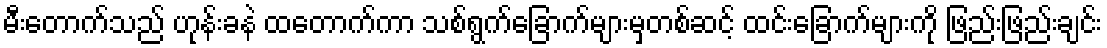
မီးတောက်သည် ဟုန်းခနဲ ထတောက်ကာ သစ်ရွက်ခြောက်များမှတစ်ဆင့် ထင်းခြောက်များကို ဖြည်းဖြည်းချင်း